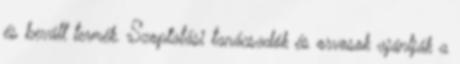
és bevált termék. Szoptatási tanácsadók és orvosok ajánlják a